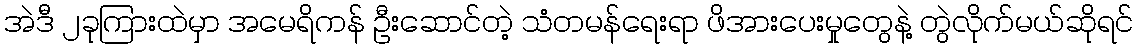
အဲဒီ ၂ခုကြားထဲမှာ အမေရိကန် ဦးဆောင်တဲ့ သံတမန်ရေးရာ ဖိအားပေးမှုတွေနဲ့ တွဲလိုက်မယ်ဆိုရင်